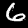
Digit: 6